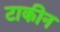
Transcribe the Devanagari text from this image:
टाकीन